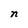
Character: n